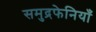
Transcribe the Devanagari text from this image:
समुद्रफेनियाँ